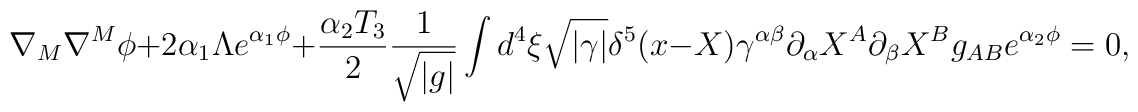
\nabla_M \nabla^M  \phi +2\alpha_1 \Lambda e^{\alpha_1\phi} +\frac{\alpha_2T_3}{2}\frac{1}{\sqrt{|g|}} \int d ^4 \xi \sqrt{|\gamma|}\delta^5(x-X) \gamma^{\alpha \beta}\partial_\alpha X^A\partial_\beta X^B g_{AB} e^{\alpha_2 \phi}=0,